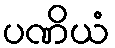
ပဏိယံ